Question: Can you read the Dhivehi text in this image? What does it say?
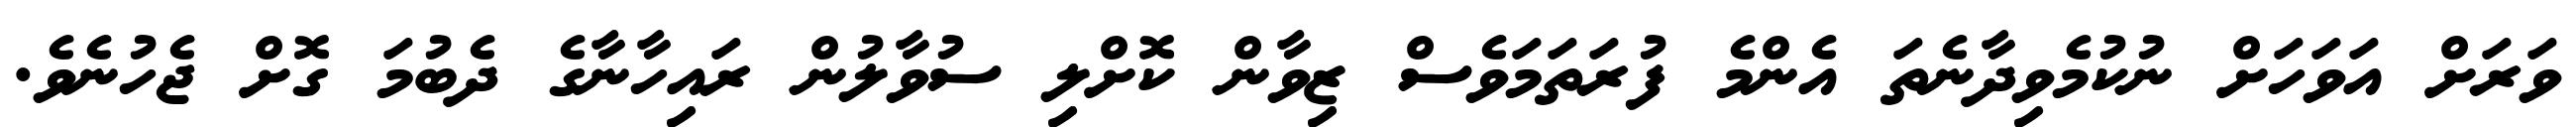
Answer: ވަރަށް އަވަހަށް ނުކުމެވިދާނެތަ އެންމެ ފުރަތަމަވެސް ޒިވާން ކޮށްލި ސުވާލުން ރައިހާނާގެ ދެބުމަ ގޮށް ޖެހުނެވެ.